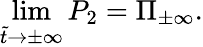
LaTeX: \operatorname*{lim}_{\tilde{t}\to\pm\infty}P_{2}=\Pi_{\pm\infty}.